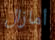
أمازال